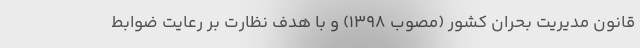
قانون مدیریت بحران کشور (مصوب ۱۳۹۸) و با هدف نظارت بر رعایت ضوابط